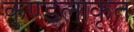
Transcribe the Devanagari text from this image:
कुण्डलाकृत